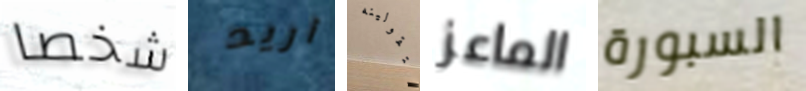
شخصا أريد ستقولينه الماعز السبورة